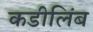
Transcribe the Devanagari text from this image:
कडीलिंब